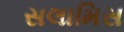
સલામિસ